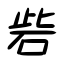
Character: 砦